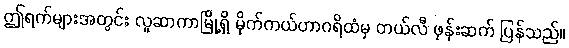
ဤရက်များအတွင်း လူဆာကာမြို့ရှိ မိုက်ကယ်ဟာဂရိထံမှ တယ်လီ ဖုန်းဆက် ပြန်သည်။